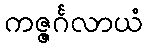
ကဇ္ဇင်္ဂလာယံ